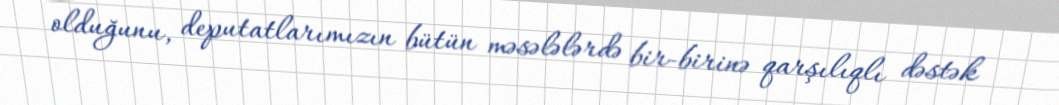
olduğunu, deputatlarımızın bütün məsələlərdə bir-birinə qarşılıqlı dəstək